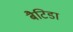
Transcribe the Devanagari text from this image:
बैटिडा